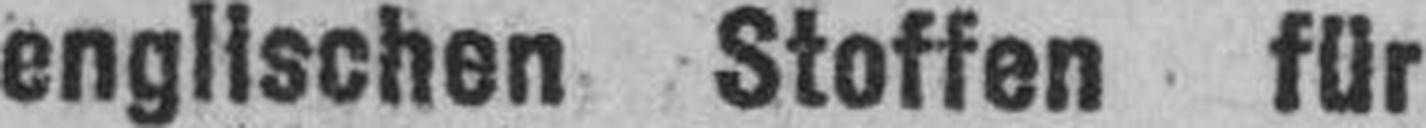
englischen Stoffen für